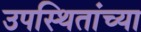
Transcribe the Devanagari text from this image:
उपस्थितांच्या